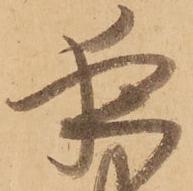
夜